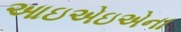
આઇએઇએના